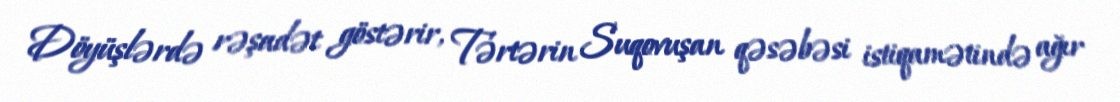
Döyüşlərdə rəşadət göstərir, Tərtərin Suqovuşan qəsəbəsi istiqamətində ağır